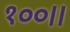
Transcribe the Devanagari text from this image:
१००।।